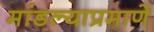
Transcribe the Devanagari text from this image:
मांडल्याप्रमाणे